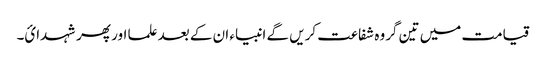
قیامت میں تین گروہ شفاعت کریں گے انبیاء ان کے بعد علما اور پھر شہدائ۔